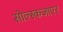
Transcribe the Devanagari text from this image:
सोल्स्कजाएर